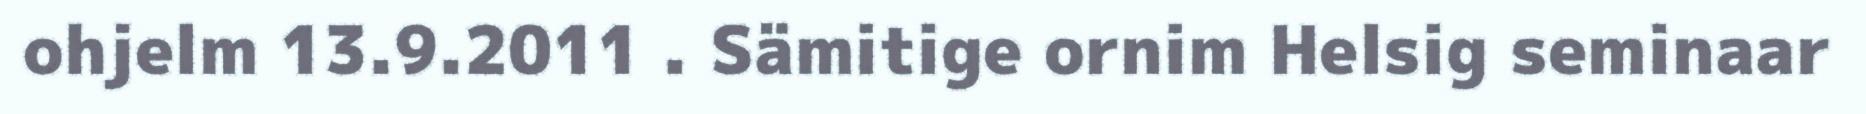
ohjelm 13.9.2011 . Sämitige ornim Helsig seminaar